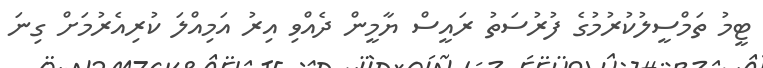
ޓީމު ތަމްސީލުކުރުމުގެ ފުރުސަތު ރައީސް ޔާމީން ދެއްވި އިރު އަމިއްލަ ކުރިއެރުމަށް ގިނަ